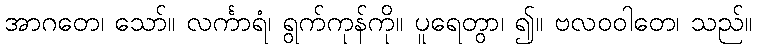
အာဂတေ၊ သော်။ လင်္ကာရံ၊ ရွက်ကုန်ကို။ ပူရေတွာ၊ ၍။ ဗလဝဝါတေ၊ သည်။